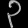
Digit: ၃